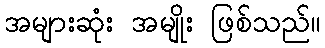
အများဆုံး အမျိုး ဖြစ်သည်။